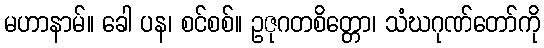
မဟာနာမ်။ ခေါ ပန၊ စင်စစ်။ ဥဇုဂတစိတ္တော၊ သံဃဂုဏ်တော်ကို